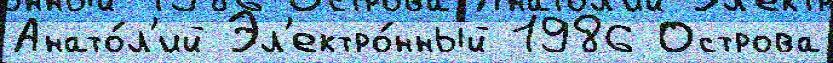
Анато́л'ий Эл'ектро́нный 1986 Острова